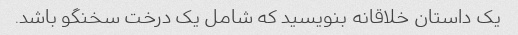
یک داستان خلاقانه بنویسید که شامل یک درخت سخنگو باشد.